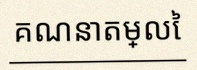
គណនាតម្លៃ